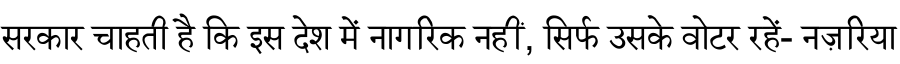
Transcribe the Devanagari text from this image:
सरकार चाहती है कि इस देश में नागरिक नहीं, सिर्फ उसके वोटर रहें- नज़रिया